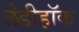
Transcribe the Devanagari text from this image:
लेडीहॉक